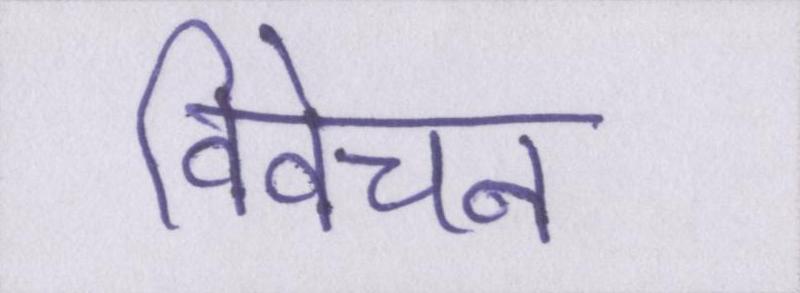
विवेचन